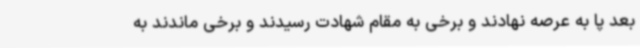
بعد پا به عرصه نهادند و برخی به مقام شهادت رسیدند و برخی ماندند به